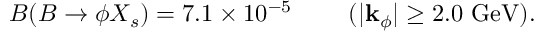
{ \cal B } ( B \to \phi X _ { s } ) = 7 . 1 \times 1 0 ^ { - 5 } ~ ~ ~ ~ ~ ~ ~ ( | { \bf k } _ { \phi } | \geq 2 . 0 ~ \mathrm { G e V } ) .